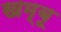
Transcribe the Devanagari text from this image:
खम्बू